Reports on dispensaries and lunatic asylums in the Province of Oudh - 1869-1876
Year: 1869
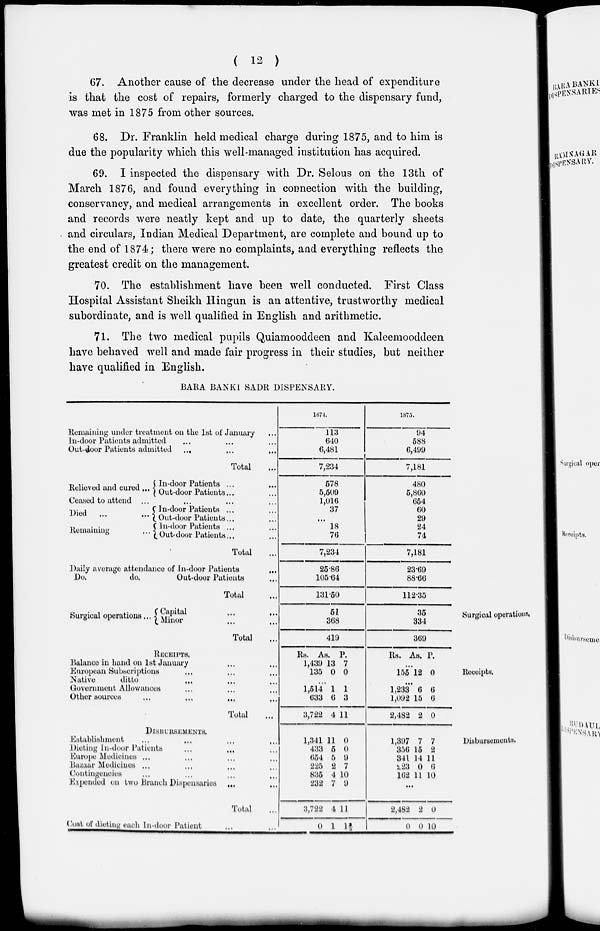
( 12 )
67. Another cause of the decrease under the head of expenditure
is that the cost of repairs, formerly charged to the dispensary fund,
was met in 1875 from other sources.
68. Dr. Franklin held medical charge during 1875, and to him is
due the popularity which this well-managed institution has acquired.
69. I inspected the dispensary with Dr. Selous on the 13th of
March 1876, and found everything in connection with the building,
conservancy, and medical arrangements in excellent order. The books
and records were neatly kept and up to date, the quarterly sheets
and circulars, Indian Medical Department, are complete and bound up to
the end of 1874; there were no complaints, and everything reflects the
greatest credit on the management.
70. The establishment have been well conducted. First Class
Hospital Assistant Sheikh Hingun is an attentive, trustworthy medical
subordinate, and is well qualified in English and arithmetic.
71. The two medical pupils Quiamooddeen and Kaleemooddeen
have behaved well and made fair progress in their studies, but neither
have qualified in English.
BARA BANKI SADR DISPENSARY.
Remaining under treatment on the 1st of January ...
In-door Patients admitted ... ... ...
Out-door Patients admitted ... ... ...
Total ...
Relieved and cured ... In-door Patients
...
...
Out-door Patients ... ...
Ceased to attend ...
Died ...
...
Remaining
...
In-door Patients ... ...
Out-door Patients ... ...
In-door Patients ... ...
Out-door Patients ... ...
Total ...
Daily average attendance of In-door Patients
...
Do.
do.
Out-door Patients ...
Total ...
1874.
113
640
6,481
7,234
578
5,509
1,016
37
...
18
76
7,234
25.86
105.64
131.50
1875.
94
588
6,499
7,181
480
5,860
654
60
29
24
74
7,181
23.69
88.66
112.35
Surgical operations.
Surgical operations ... Capital ... ...
Minor ... ...
Total ...
51
368
419
35
334
369
Receipts.
RECEIPTS.
Balance in hand on 1st January ... ...
European Subscriptions ... ... ...
Native
ditto ... ... ...
Government Allowances ... ... ...
Other sources ... ... ... ...
Total ...
Rs.
1,439
135
As.
13
0
P.
7
0
...
1,514
633
3,722
1
6
4
1
3
11
Rs. As. P.
...
155 12 0
...
1,233
1,092
2,482
6
15
2
6
6
0
Disbursement.
DISBURSEMENTS.
Establishment ... ... ... ...
Dieting In-door Patients ... ... ...
Europe Medicines ... ... ... ...
Bazaar Medicines ... ... ... ...
Contingencies ... ... ... ...
Expended on two Branch Dispensaries ... ...
Total ...
Cost of dieting each In-door Patient ... ...
1,341
433
654
225
835
232
3,722
0
11
5
5
2
4
7
4
1
0
0
9
7
10
9
11
11
1,397
356
341
223
162
7
15
14
0
11
7
2
11
6
10
...
2,482
0
2
0
0
10